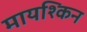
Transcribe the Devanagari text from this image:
मायश्किन